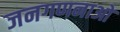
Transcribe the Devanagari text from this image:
जनगणनाओ